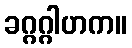
ခဂ္ဂဂ္ဂါဟက။